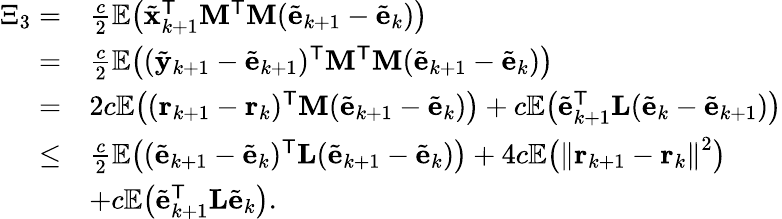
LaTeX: \begin{array}{rl}{\Xi_{3}=}&{\frac{c}{2}\mathbb{E}\big(\tilde{\mathbf{x}}_{k+1}^{\mathsf{T}}\mathbf{M}^{\mathsf{T}}\mathbf{M}(\tilde{\mathbf{e}}_{k+1}-\tilde{\mathbf{e}}_{k})\big)}\\ {=}&{\frac{c}{2}\mathbb{E}\big((\tilde{\mathbf{y}}_{k+1}-\tilde{\mathbf{e}}_{k+1})^{\mathsf{T}}\mathbf{M}^{\mathsf{T}}\mathbf{M}(\tilde{\mathbf{e}}_{k+1}-\tilde{\mathbf{e}}_{k})\big)}\\ {=}&{2c\mathbb{E}\big((\mathbf{r}_{k+1}-\mathbf{r}_{k})^{\mathsf{T}}\mathbf{M}(\tilde{\mathbf{e}}_{k+1}-\tilde{\mathbf{e}}_{k})\big)+c\mathbb{E}\big(\tilde{\mathbf{e}}_{k+1}^{\mathsf{T}}\mathbf{L}(\tilde{\mathbf{e}}_{k}-\tilde{\mathbf{e}}_{k+1})\big)}\\ {\leq}&{\frac{c}{2}\mathbb{E}\big((\tilde{\mathbf{e}}_{k+1}-\tilde{\mathbf{e}}_{k})^{\mathsf{T}}\mathbf{L}(\tilde{\mathbf{e}}_{k+1}-\tilde{\mathbf{e}}_{k})\big)+4c\mathbb{E}\big(\left\| \mathbf{r}_{k+1}-\mathbf{r}_{k}\right\| ^{2}\big)}\\ &{+c\mathbb{E}\big(\tilde{\mathbf{e}}_{k+1}^{\mathsf{T}}\mathbf{L}\tilde{\mathbf{e}}_{k}\big).}\end{array}